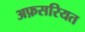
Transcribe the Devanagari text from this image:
अफ़सरियत